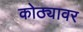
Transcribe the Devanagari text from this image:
कोठ्यावर